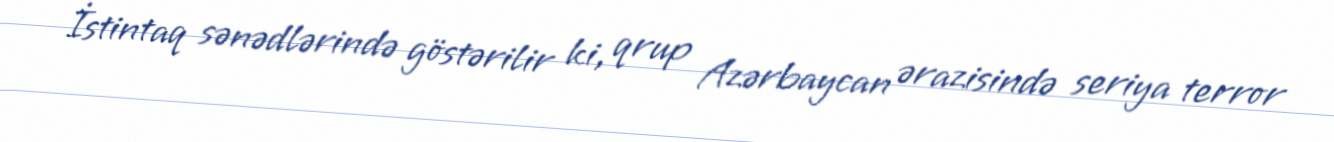
İstintaq sənədlərində göstərilir ki, qrup Azərbaycan ərazisində seriya terror